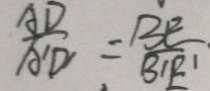
\frac { A D } { A ^ { \prime } D ^ { \prime } } = \frac { B E } { B ^ { \prime } E ^ { \prime } }